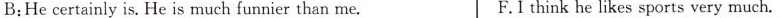
B:He certainly is. He is much funnier than me. F.I think he likes sports very much.